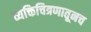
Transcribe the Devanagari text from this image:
व्यक्तिचित्रणातूनच